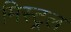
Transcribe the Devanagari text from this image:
मिस्ट्रल